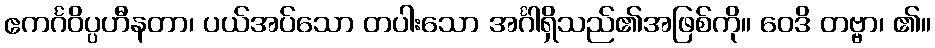
ဧကင်္ဂဝိပ္ပဟီနတာ၊ ပယ်အပ်သော တပါးသော အင်္ဂါရှိသည်၏အဖြစ်ကို။ ဝေဒိ တဗ္ဗာ၊ ၏။